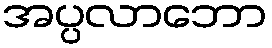
အပ္ပလာဘော